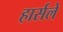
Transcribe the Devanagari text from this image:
हार्सले